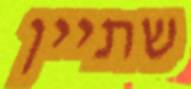
שתיין